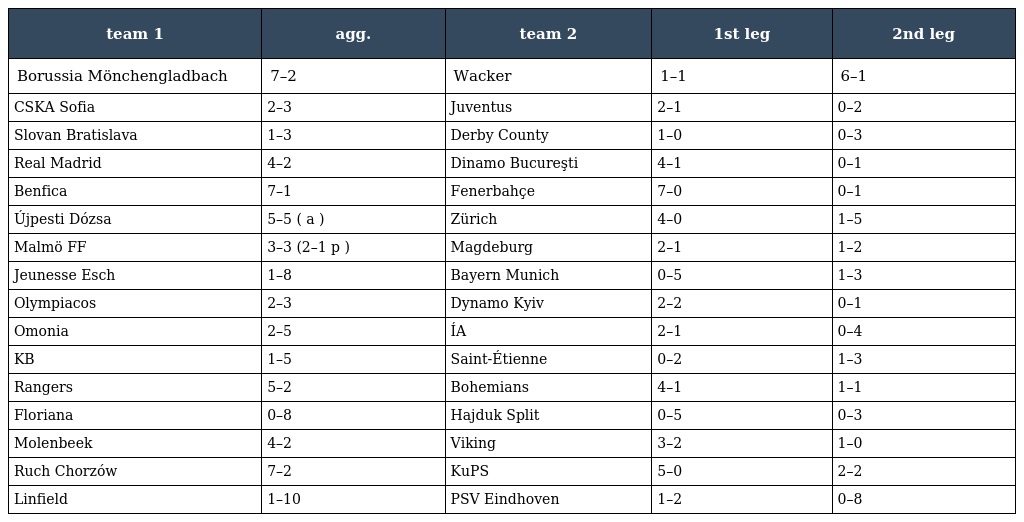
| team 1 | agg. | team 2 | 1st leg | 2nd leg |
 | --- | --- | --- | --- | --- |
 | Borussia Mönchengladbach | 7–2 | Wacker | 1–1 | 6–1 |
 | CSKA Sofia | 2–3 | Juventus | 2–1 | 0–2 |
 | Slovan Bratislava | 1–3 | Derby County | 1–0 | 0–3 |
 | Real Madrid | 4–2 | Dinamo Bucureşti | 4–1 | 0–1 |
 | Benfica | 7–1 | Fenerbahçe | 7–0 | 0–1 |
 | Újpesti Dózsa | 5–5 ( a ) | Zürich | 4–0 | 1–5 |
 | Malmö FF | 3–3 (2–1 p ) | Magdeburg | 2–1 | 1–2 |
 | Jeunesse Esch | 1–8 | Bayern Munich | 0–5 | 1–3 |
 | Olympiacos | 2–3 | Dynamo Kyiv | 2–2 | 0–1 |
 | Omonia | 2–5 | ÍA | 2–1 | 0–4 |
 | KB | 1–5 | Saint-Étienne | 0–2 | 1–3 |
 | Rangers | 5–2 | Bohemians | 4–1 | 1–1 |
 | Floriana | 0–8 | Hajduk Split | 0–5 | 0–3 |
 | Molenbeek | 4–2 | Viking | 3–2 | 1–0 |
 | Ruch Chorzów | 7–2 | KuPS | 5–0 | 2–2 |
 | Linfield | 1–10 | PSV Eindhoven | 1–2 | 0–8 |